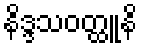
နိဒ္ဒသဝတ္ထူနိ